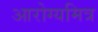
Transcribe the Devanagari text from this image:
आरोग्यमित्र